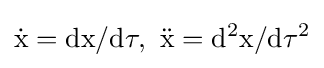
{\rm {{\dot {x}}=dx/d\tau ,\ {\ddot {x}}=d^{2}x/d\tau ^{2}}}